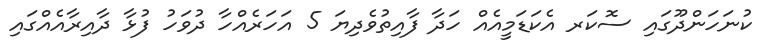
ކުނަހަންދޫގައި ސޮކަރ އެކަޑަމީއެއް ހަދާ ފާއިތުވެދިޔަ 5 އަހަރެއްހާ ދުވަހު ފުޅާ ދާއިރާއެއްގައި